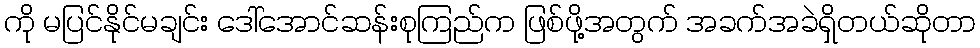
ကို မပြင်နိုင်မချင်း ဒေါ်အောင်ဆန်းစုကြည်က ဖြစ်ဖို့အတွက် အခက်အခဲရှိတယ်ဆိုတာ